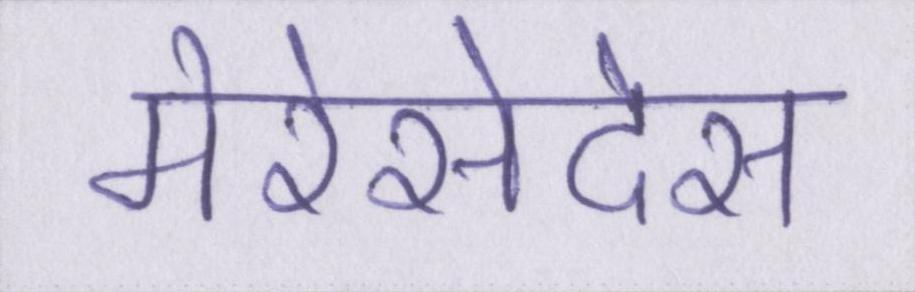
मेरेसेदेस